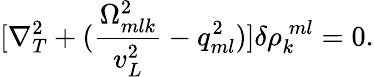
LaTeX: [\nabla_{T}^{2}+(\frac{\Omega_{mlk}^{2}}{v_{L}^{2}}-q_{ml}^{2})]{\delta\rho_{k}^{\: ml}}=0.